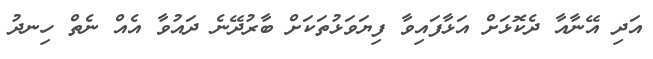
އަދި އޭނާއާ ދެކޮޅަށް އަޅާފައިވާ ފިޔަވަޅުތަކަށް ބާރުދޭނެ ދައުވާ އެއް ނެތް ހިނދު